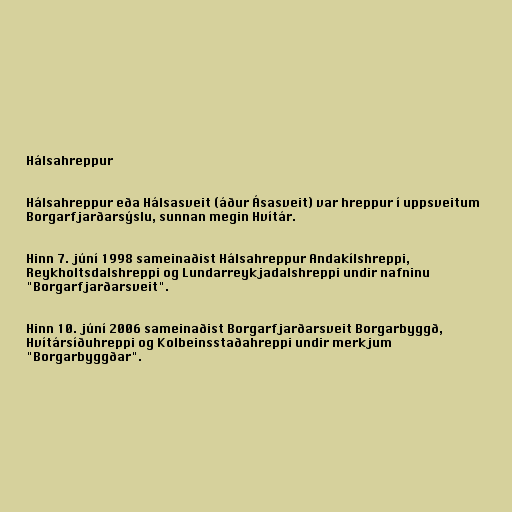
Hálsahreppur

Hálsahreppur eða Hálsasveit (áður Ásasveit) var hreppur í uppsveitum
Borgarfjarðarsýslu, sunnan megin Hvítár.

Hinn 7. júní 1998 sameinaðist Hálsahreppur Andakílshreppi,
Reykholtsdalshreppi og Lundarreykjadalshreppi undir nafninu
"Borgarfjarðarsveit".

Hinn 10. júní 2006 sameinaðist Borgarfjarðarsveit Borgarbyggð,
Hvítársíðuhreppi og Kolbeinsstaðahreppi undir merkjum
"Borgarbyggðar".